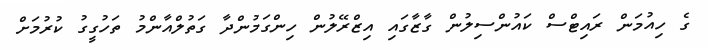
ގެ ހިއުމަން ރައިޓްސް ކައުންސިލުން ގާޒާގައި އިޒްރޭލުން ހިންގަމުންދާ ގަތުލްއާންމު ތަހުގީގު ކުރުމަށް